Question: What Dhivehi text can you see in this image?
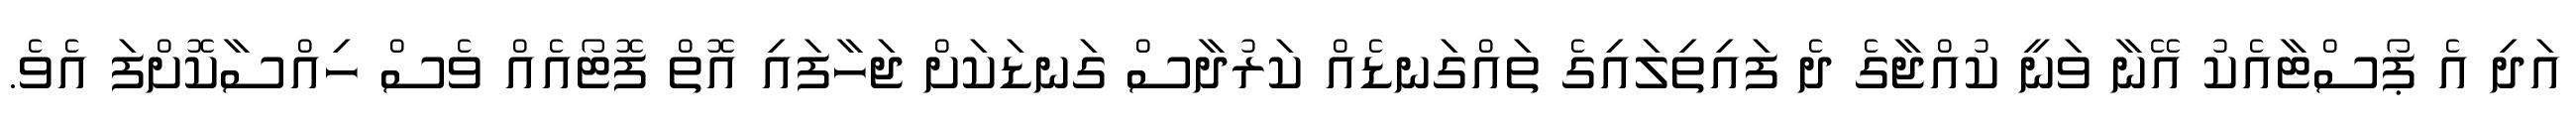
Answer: އަދި އެ ޕޯސްޓާއެކު އޭނާ ވަނީ ކުއްޖާގެ ދެ ފައިތިލައިގެ ތައްގަނޑެއް ކަރުދާސް ގަނޑަކަށް ޖަހާފައި އޮތް ފޮޓޯއެއް ވެސް ހިއްސާކޮށްފަ އެވެ.